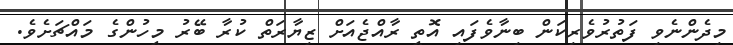
މިދެންނެވި ފަތުރުވެރިކަން ބިނާވެފައި އޮތީ ރާއްޖެއަށް ޒިޔާރަތް ކުރާ ބޭރު މީހުންގެ މައްޗަށެވެ.